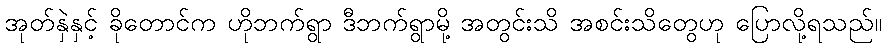
အုတ်နှဲနှင့် ခိုတောင်က ဟိုဘက်ရွာ ဒီဘက်ရွာမို့ အတွင်းသိ အစင်းသိတွေဟု ပြောလို့ရသည်။